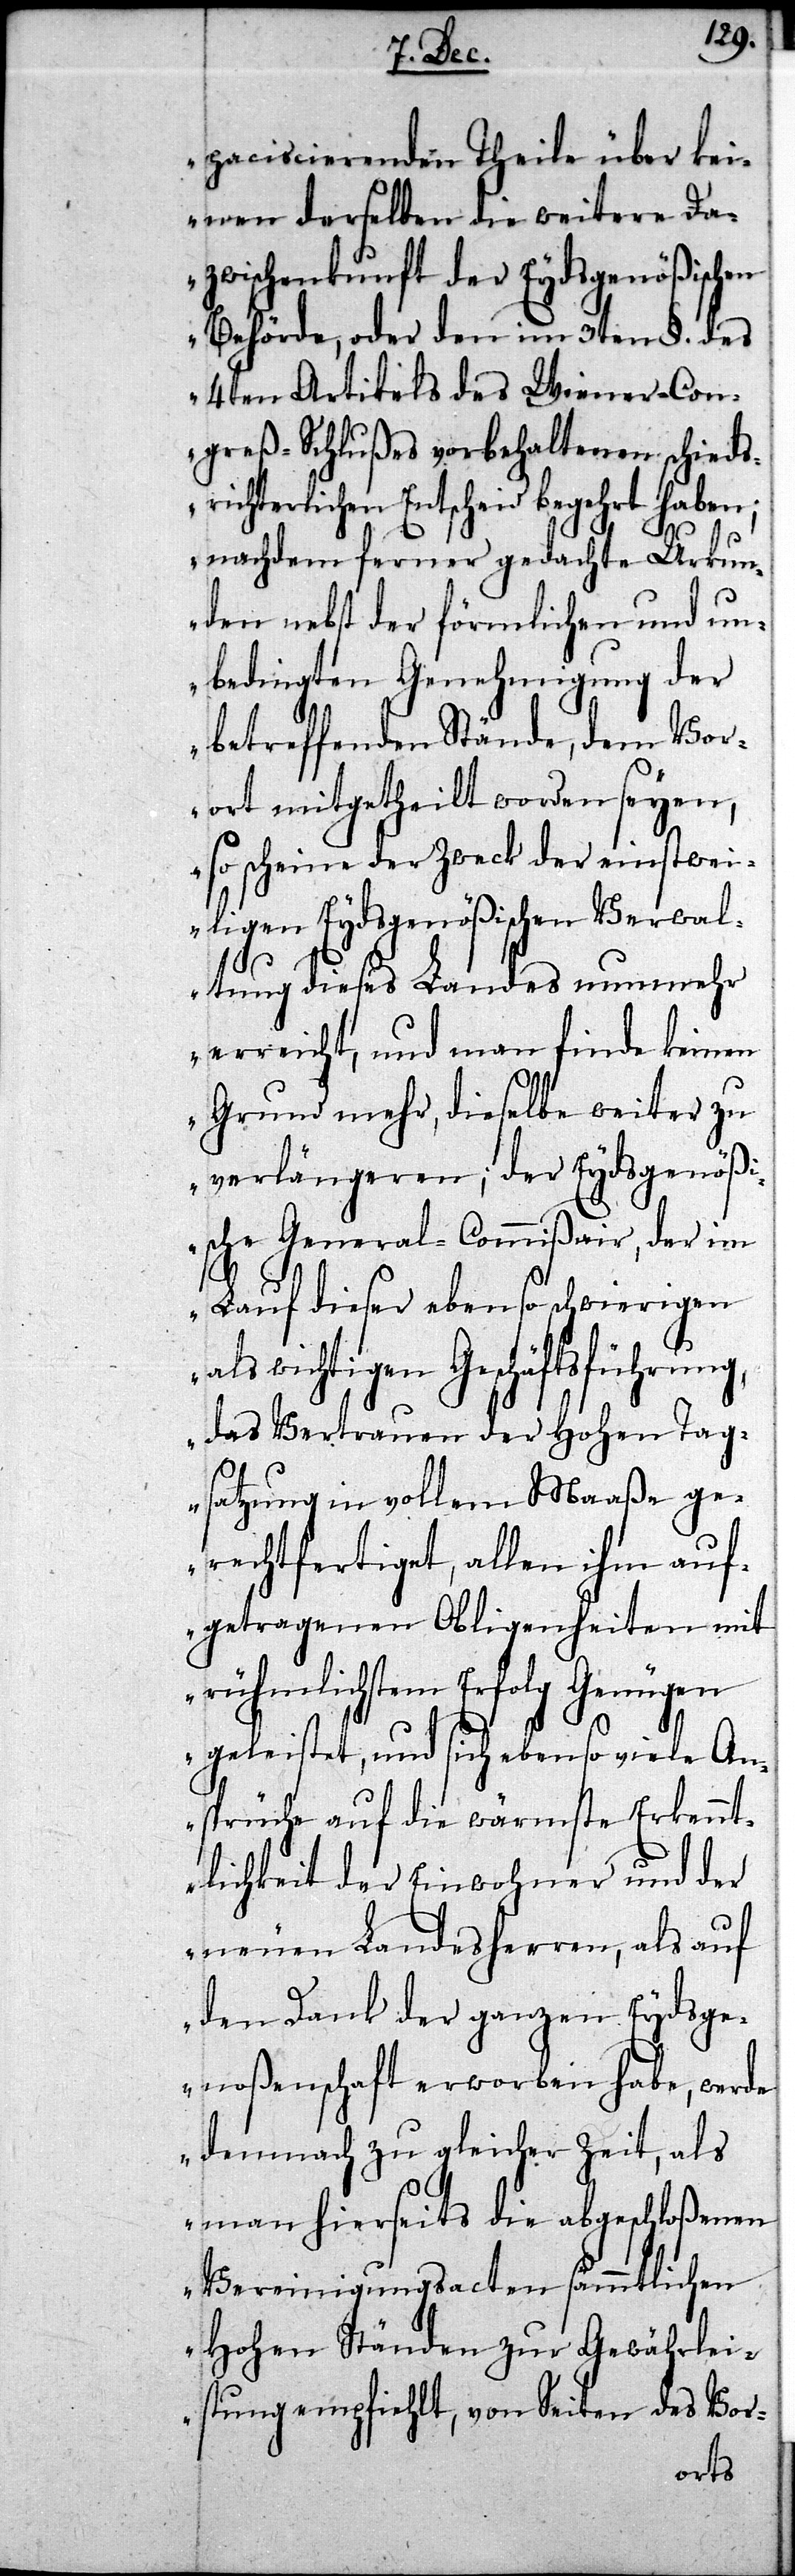
paciscierenden Theile über kei¬
nen derselben die weitere Da¬
zwischenkunft der Eydsgenößischen
Behörde, oder den im 3ten §. des
4ten Artikels des Wiener-Con¬
greß-Schlußes vorbehaltenen schieds¬
richterlichen Entscheid begehrt haben;
nachdem ferner gedachte Urkun¬
den nebst der förmlichen und un¬
bedingten Genehmigung der
betreffenden Stände, dem Vor¬
ort mitgetheilt worden seyen,
so scheine der Zweck der einstwei¬
ligen Eydsgenößischen Verwal¬
tung dieses Landes nunmehr
erreicht, und man finde keinen
Grund mehr, dieselbe weiter zu
verlängeren; der Eydsgenößi¬
sche General-Commißair, der im
Lauf dieser ebenso schwierigen
als wichtigen Geschäftsführung,
das Vertrauen der Hohen Tag¬
satzung in vollem Maaße ge¬
rechtfertiget, allen ihm auf¬
getragenen Obligenheiten mit
rühmlichem Erfolg Genügen
geleistet, und sich ebenso viele An¬
sprüche auf die wärmste Erkennt¬
lichkeit der Einwohner und der
neuen Landesherren, als auf
den Dank der ganzen Eydsge¬
noßenschaft erworben habe, werde
demnach zu gleicher Zeit, als
man hierseits die abgeschloßenen
Vereinigungsacten sämmtlichen
Hohen Ständen zur Gewährlei¬
stung empfiehlt, von Seiten des Vor-